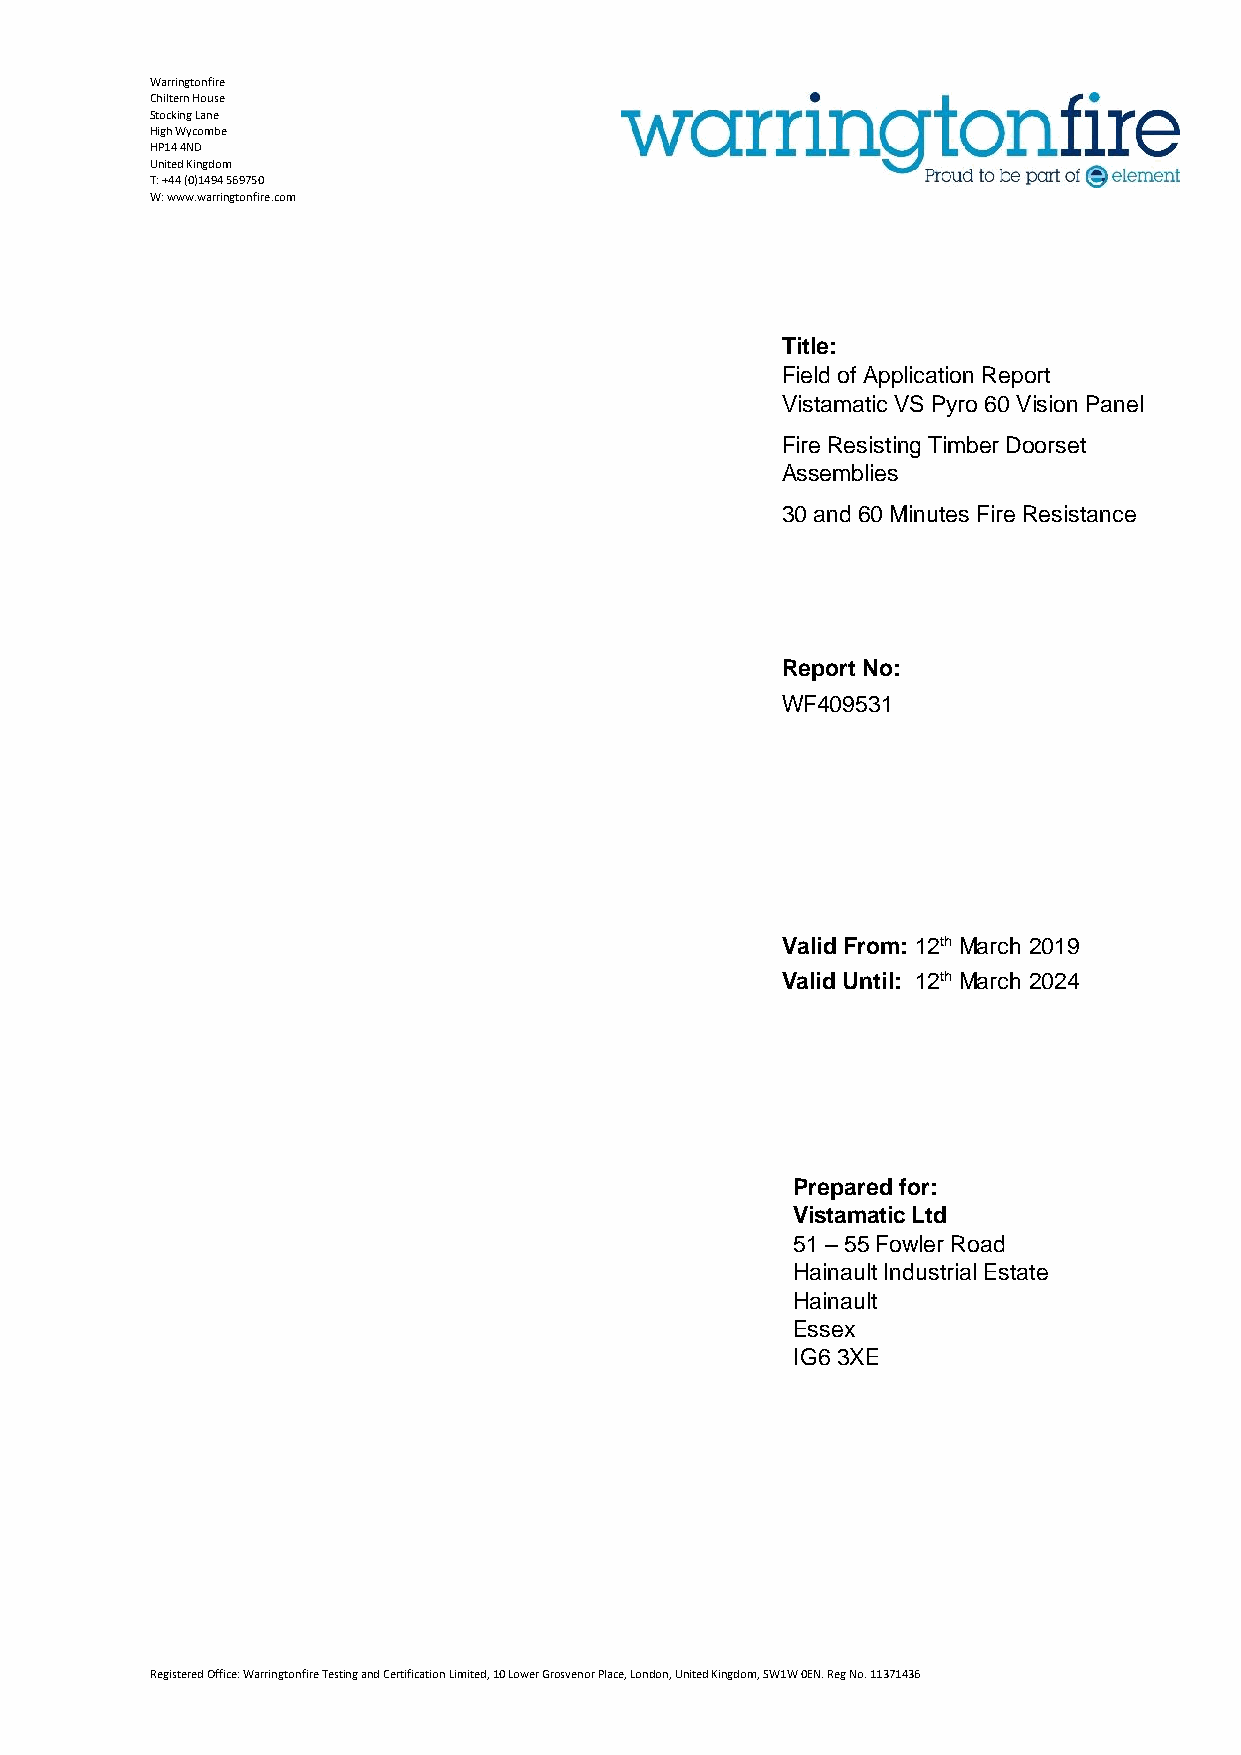
Warringtonfire
 Chiltern House
 Stocking Lane
 High Wycombe
 HP14 4ND
 United Kingdom
 T: +44 (0)1494 569750
 W: www.warringtonfire.com
 Title:
 Field of Application Report
 Vistamatic VS Pyro 60 Vision Panel
 Fire Resisting Timber Doorset
 Assemblies
 30 and 60 Minutes Fire Resistance
 Report No:
 WF409531
 Valid From: 12th March 2019
 Valid Until: 12th March 2024
 Prepared for:
 Vistamatic Ltd
 51 – 55 Fowler Road
 Hainault Industrial Estate
 Hainault
 Essex
 IG6 3XE
 Registered Office: Warringtonfire Testing and Certification Limited, 10 Lower Grosvenor Place, London, United Kingdom, SW1W 0EN. Reg No. 11371436